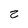
Character: z